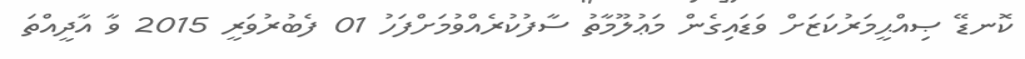
ކޮނޑޭ ޞިއްޙީމަރުކަޒަށް ވަޑައިގެން މަޢުލޫމާތު ސާފުކުރެއްވުމަށްފަހު 01 ފެބުރުވަރީ 2015 ވާ އާދީއްތަ